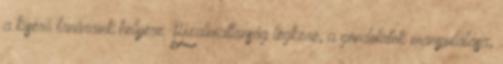
a kísérő tanáraink helyére. Bizalmatlanság légköre, a gondolatok manipulálása,